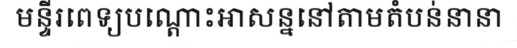
មន្ទីរពេទ្យបណ្តោះអាសន្ននៅតាមតំបន់នានា